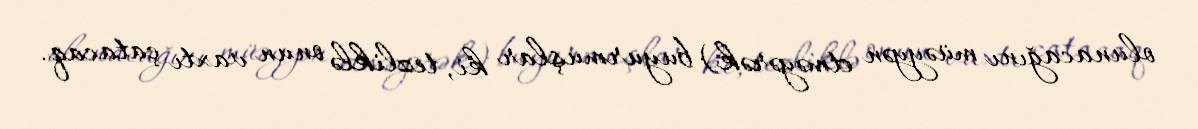
olunacağını müəyyən etməyərək) buyurmuşlar ki, tezliklə onun vaxtı çatacaq.